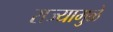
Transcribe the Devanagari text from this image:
राज्यामुळे